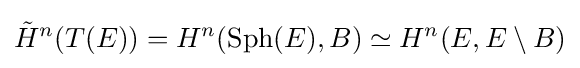
{\tilde {H}}^{n}(T(E))=H^{n}(\operatorname {Sph} (E),B)\simeq H^{n}(E,E\setminus B)